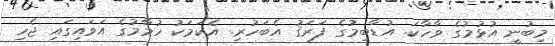
މިބުނީ އުޅުމުގެ ވާހާކަ. އުޑާބިމުގެ ފަރަޤު އެބަހުރި. އެކަމަކު ހުމާމުގެ އަވައިގައި ޖެހި